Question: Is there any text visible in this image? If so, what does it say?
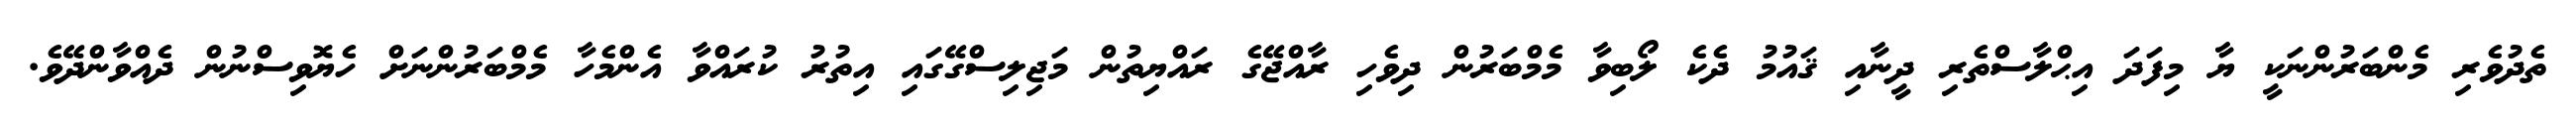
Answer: ތެދުވެރި މެންބަރުންނަކީ ޔާ މިފަދަ އިޙްލާސްތެރި ދީނާއި ޤައުމު ދެކެ ލޯބިވާ މެމްބަރުން ދިވެހި ރާއްޖޭގެ ރައްޔިތުން މަޖިލިސްގޭގައި އިތުރު ކުރައްވާ އެންމެހާ މެމްބަރުންނަށް ހެޔޮވިސްނުން ދެއްވާންދޭވެ.